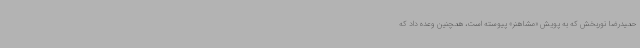
حمیدرضا نوربخش که به پویش «مشاهنر» پیوسته است، همچنین وعده داد که